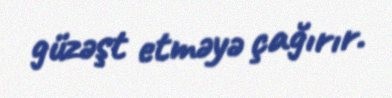
güzəşt etməyə çağırır.